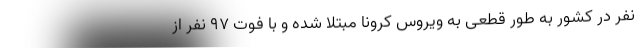
نفر در کشور به طور قطعی به ویروس کرونا مبتلا شده و با فوت ۹۷ نفر از